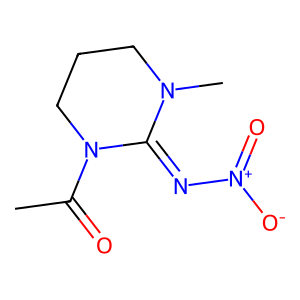
SMILES: CC(=O)N1CCCN(C)C1=N[N+](=O)[O-]
Inhibits HIV replication: No